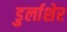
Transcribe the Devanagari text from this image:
डुर्लाशेर